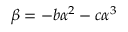
\beta = - b \alpha ^ { 2 } - c \alpha ^ { 3 }